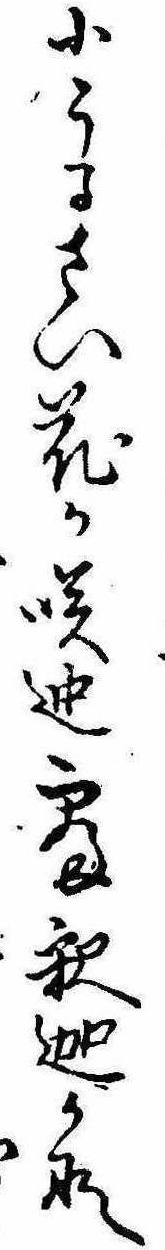
小うるさい花か咲迚寝釈迦かな